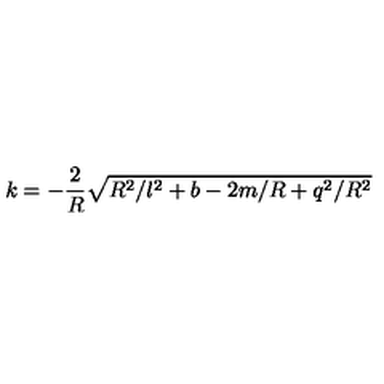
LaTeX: k = - \frac { 2 } { R } \sqrt { R ^ { 2 } / l ^ { 2 } + b - 2 m / R + q ^ { 2 } / R ^ { 2 } }